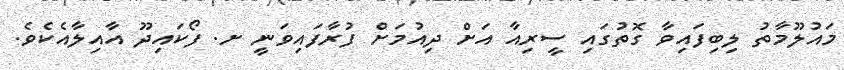
މައުލޫމާތު ލިބިފައިވާ ގޮތުގައި ސީރިއާ އަށް ދިއުމަށް ފުރާފައިވަނީ ށ. ފޯކައިދޫ އާއިލާއެކެވެ.